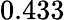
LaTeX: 0.433